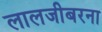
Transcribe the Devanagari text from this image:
लालजीबरना